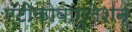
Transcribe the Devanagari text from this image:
एंटीकोवागुलेशन